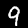
Label: 9